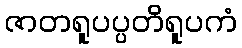
ဇာတရူပပ္ပတိရူပကံ